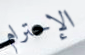
الإحترام